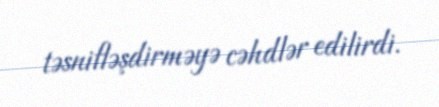
təsnifləşdirməyə cəhdlər edilirdi.